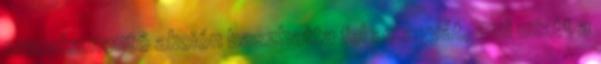
macskamentő akción baszhatta fel az agyát, ami miatt a